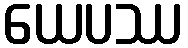
ယေပဿ